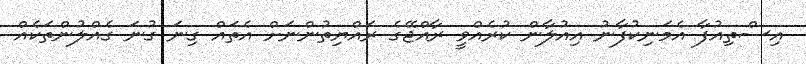
އިސްތިއުފާ އެމަނިކުފާނު އިއުލާން ކުރެއްވީ ރާއްޖޭގެ ރައްޔިތުންނަށް އެތައް ގިނަ ގުނަ ގެއްލުންތަކެއް